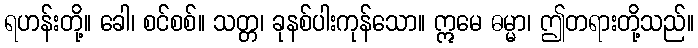
ရဟန်းတို့။ ခေါ၊ စင်စစ်။ သတ္တ၊ ခုနစ်ပါးကုန်သော။ ဣမေ ဓမ္မာ၊ ဤတရားတို့သည်။